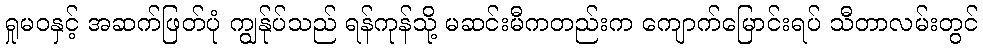
ရှုမဝနှင့် အဆက်ဖြတ်ပုံ ကျွန်ုပ်သည် ရန်ကုန်သို့ မဆင်းမီကတည်းက ကျောက်မြောင်းရပ် သီတာလမ်းတွင်